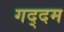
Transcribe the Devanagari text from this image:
गद्दम